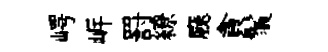
崿㟁罸繚廳貪鬚